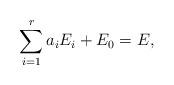
LaTeX: \begin{align*}\sum_{i=1}^r a_i E_i + E_0 = E, \end{align*}